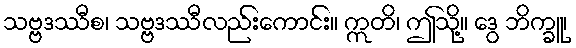
သဗ္ဗဒဿီစ၊ သဗ္ဗဒဿီလည်းကောင်း။ ဣတိ၊ ဤသို့။ ဒွေ ဘိက္ခူ၊